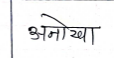
मजकूर: अनोखा